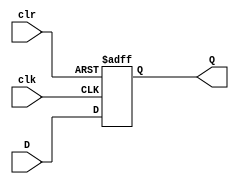
module PIPO(D,clk,clr,Q);
  input clk,clr;
  input [3:0] D;
  output reg [3:0]Q;
  
  always@(posedge clk or posedge clr)
    begin
      if(clr)
        Q=4'b0000;
      else
        begin
          Q = D;
        end
    end
endmodule